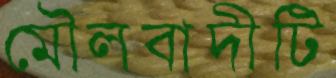
মৌলবাদীটি